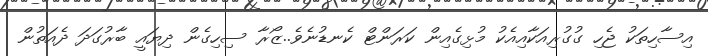
އިސާހިތަކު ޖެހި ގުގުރިއަކާއިއެކު މުޅިގެއިން ކަރަންޓް ކެނޑުނެވެ..ޒޯރާ ސިހިގެން ދިޔައީ ބާރުގަދަ ދެއަތުން